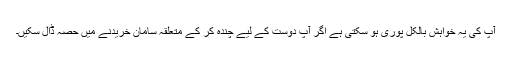
آپ کی یہ خواہش بالکل پوری ہو سکتی ہے اگر آپ دوست کے لیے چندہ کر کے متعلقہ سامان خریدنے میں حصہ ڈال سکیں۔